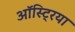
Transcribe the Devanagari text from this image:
ऑस्‍ट्रिया